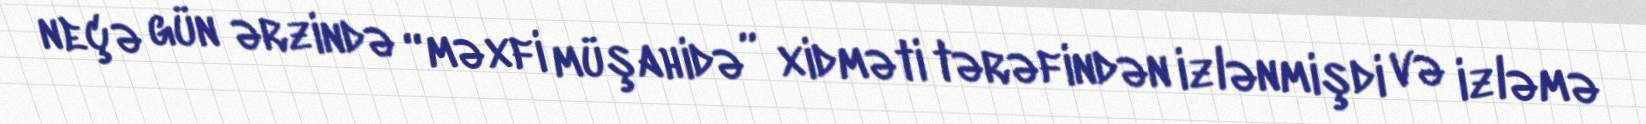
neçə gün ərzində “məxfi müşahidə” xidməti tərəfindən izlənmişdi və izləmə